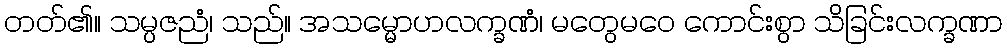
တတ်၏။ သမ္ပဇညံ၊ သည်။ အသမ္မောဟလက္ခဏံ၊ မတွေမဝေ ကောင်းစွာ သိခြင်းလက္ခဏာ